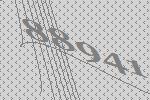
88941